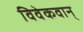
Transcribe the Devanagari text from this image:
विवेकवान्